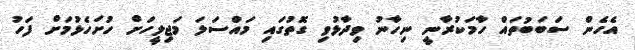
އެހެން ސަބަބުތައް ހާމަކުރާނީ ނިހާނު ވިދާޅުވި ގޮތުގައި މައްސަލަ މަޖިލީހަށް ހުށަހެޅުމަށް ފަހު